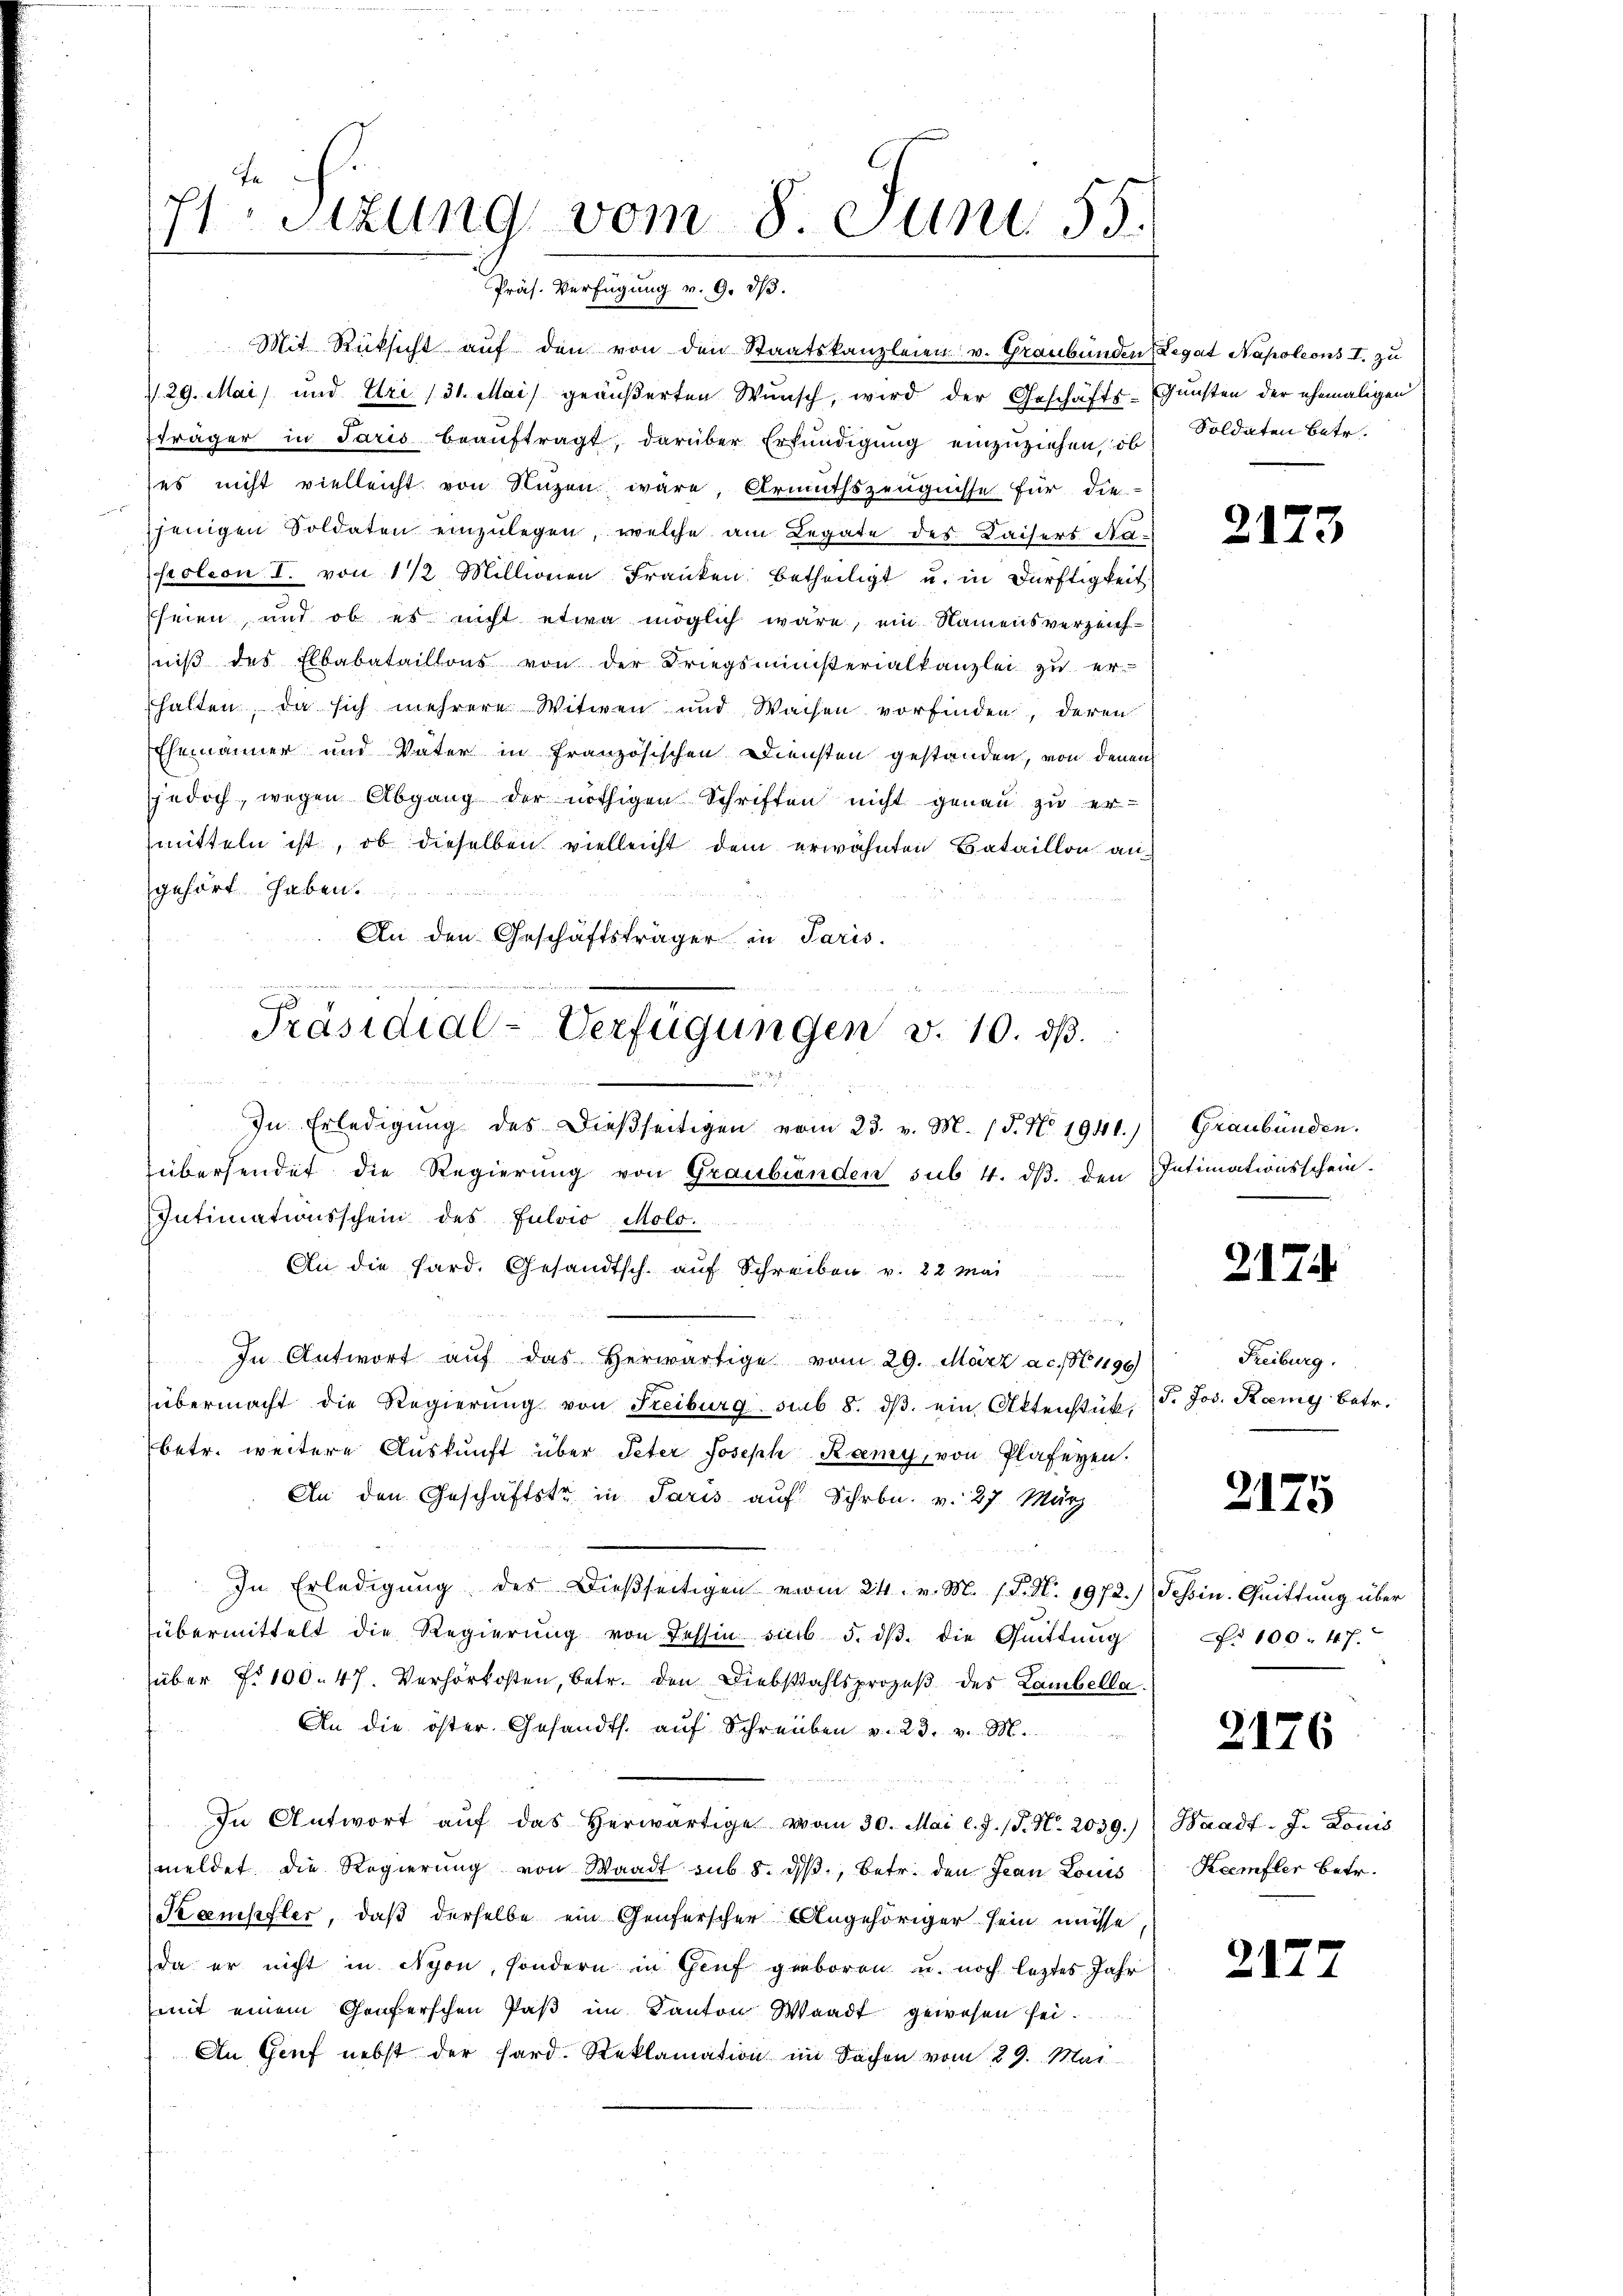
E Sizung vom 8. Juni 55.
erfügen
G. 36
 3/3.

Mit Rücksicht aŭf den von den Staatskanzleien v. Graubünden Legat Napoleons I. zu
 29. Mai und Uri (31. Mai geäußerten Wunsch, wird der Geschäfts-Gunsten der ehemaligen
fträger in Paris beauftragt, darüber Erkundigung einzuziehen, ob Soldaten betr.
ses nicht vielleicht von Nuzen wäre, Armuthszeugnisse für die-
jenigen Soldaten einzŭlegen, welche am Legate des Kaisers Na
seolion I. von 1 1/2 Millionen Franken betheiligt u. in Dürftigkeit
Ehren und ob es nicht etwa möglich wäre, ein Namensverzeich-
niß des Elbabataillons von der Kriegsministerialkanzlei zu er-
halten, da sich mehrere Witwen und Wachen vorfinden, deren
Ehemänner und Vater in französischen Diensten gestanden, von denen
jedoch, wegen Abgang der nöthigen Schriften nicht genau zu ermitteln ist, ob dieselben vielleicht dem erwähnten Bataillon an
gehört haben.
An den Geschäftsträger in Paris.
In Erledigŭng des dießseitigen vom 23. v. M. (T. No. 1941.) Graubünden.
übersendet die Regierŭng von Graubünden sub. 4. dβ. den Intimationsschein-
Intimationsschein des Julvio, Mold. ..
An die Sard. Gesandtsch. auf Schreiben v. 22 Mai
n
In Antwort auf das herwärtige vom 29. März a.c. No 1199
übermacht die Regierung von Freiburg sub 8. dβ ein Aktenstück,
betr. weitere Auskunft über Peter Joseph Ramy, von Plafeyen.
An den Geschäftste in Paris auf Schrbr. v. 27. März
u
In Erledigung des dießseitigen vom 24. v. M. (T. N. 1972.) Schin. Quittung über
übermittelt die Regierung von Tessin sub 5. dβ. die Quittung
über No 100. 47. Verhörkosten, betr. den Diebstahlsprozeß des Lambella¬
An die öster Gesandts. auf Schreiben v. 23. v. M.
In Antwort aŭf das herwärtige vom 30. Mai l. J. J. N. 2039.)
meldet die Regierŭng von Waadt sub. 8. dβ, betr. den Jean Louis
Kaufler, daß derselbe ein Genferscher Angehöriger sein müsse
da er nicht in Nyon, sondern in Genf geboren u. noch letztes Jahr
mit einem Genferschen Paβ im Kanton Waadt gewesen sei.
An Genf nebst der Hard. Reklamation im Sachen vom 29. Mai

n
n
Präsidial-Verfügungen v. 10. dβ.
u

21.

13

287

Freiburg.
P. Jos. Remy betr.

2175

Nr 100. 47.

2176

2122

Haadf. J. Konis
Keemfler betr.